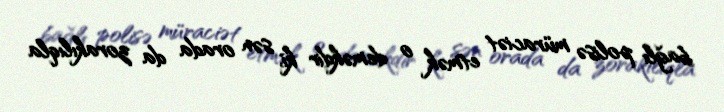
bağlı polisə müraciət etmək o deməkdir ki, sən orada da zorakılıqla